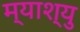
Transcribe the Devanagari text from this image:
म्याश्यु